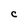
Character: C